Vaccination in the Punjab 1905-1918 - 1905-1918
Year: 1905
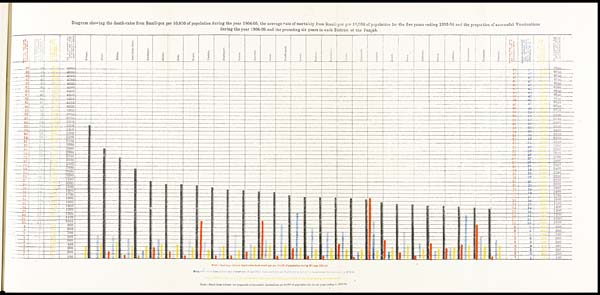
Diagram showing the death-rates from Small-pox per 10,000 of population during the year 1904-05, the average rate of mortality from Small-pox per 10,000 of population for the five years ending 1903-04 and the proportion of successful Vaccinations
during the year 1904-05 and the preceding six years in each District of the Punjab.